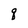
Character: q